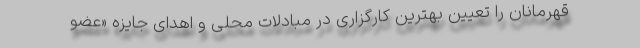
قهرمانان را تعیین بهترین کارگزاری در مبادلات محلی و اهدای جایزه «عضو